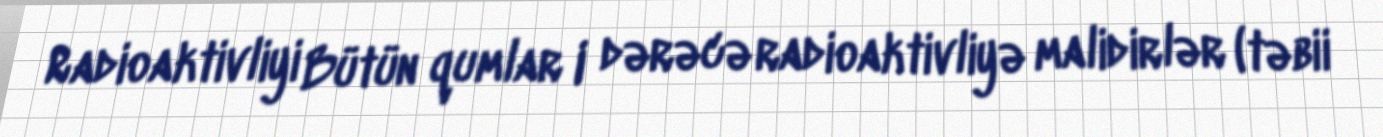
Radioaktivliyi Bütün qumlar I dərəcə radioaktivliyə malidirlər (təbii